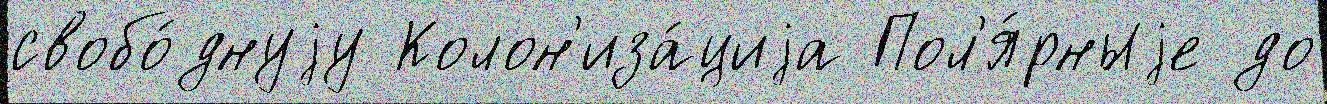
свобо́днуjу Колон'иза́циjа Пол'я́рныjе до